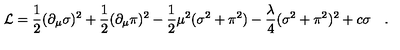
{ \cal L } = \frac { 1 } { 2 } ( \partial _ { \mu } \sigma ) ^ { 2 } + \frac { 1 } { 2 } ( \partial _ { \mu } \pi ) ^ { 2 } \nonumber - \frac { 1 } { 2 } \mu ^ { 2 } ( \sigma ^ { 2 } + \pi ^ { 2 } ) - \frac { \lambda } { 4 } ( \sigma ^ { 2 } + \pi ^ { 2 } ) ^ { 2 } + c \sigma \quad .